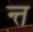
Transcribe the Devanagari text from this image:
न्त